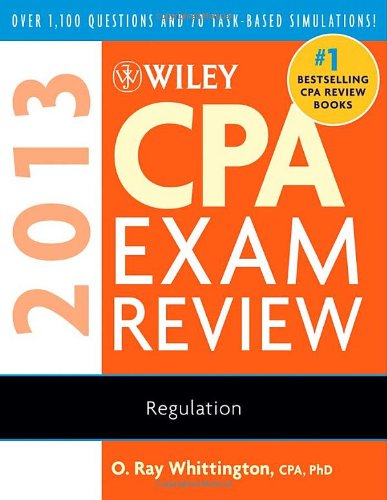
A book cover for Wiley CPA Exam Review 2013, Regulation; O. Ray Whittington; Test Preparation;